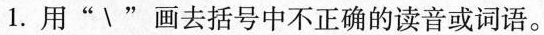
1.用”\”画去括号中不正确的读音或词语。